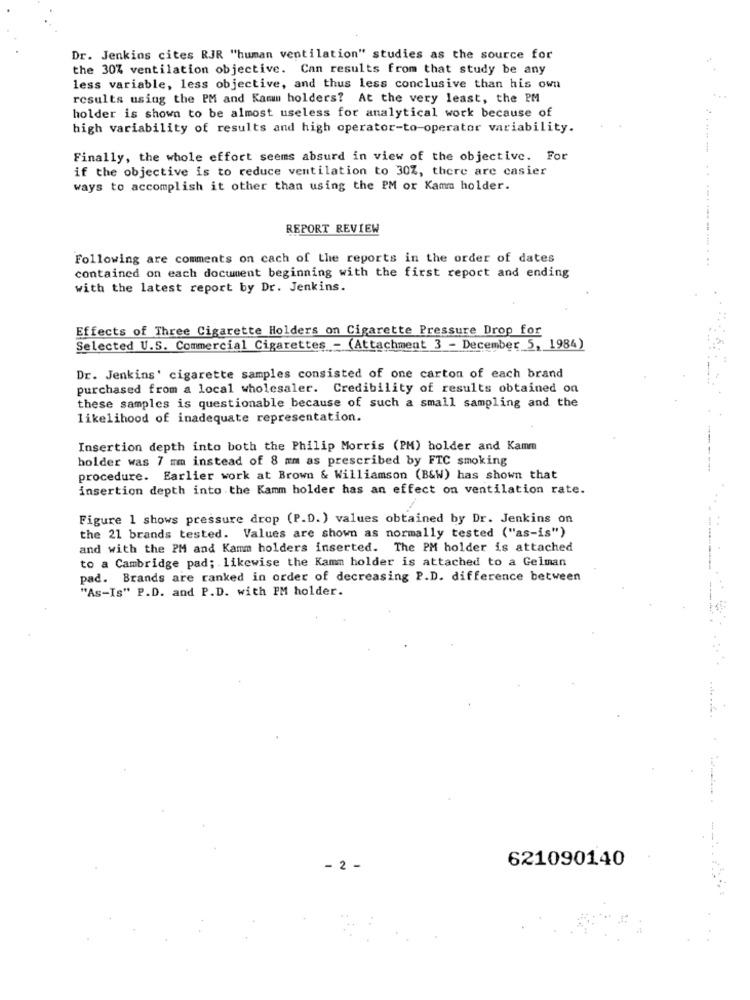
Dr. Jenkins cites RJR "human ventilation" studies as the source for
the 30% ventilation objective. Can results from that study be any
less variable, less objective, and thus less conclusive than his own
results using the PM and Kamm holders? At the very least, the PM
holder is shown to be almost useless for analytical work because of
high variability of results and high operator-to-operator variability.
Finally, the whole effort seems absurd in view of the objective. For
if the objective is to reduce ventilation to 30Z, there are casier
......
ways to accomplish it other than using the PM or Kamm holder.
.-. ... .
REPORT REVIEW
Following are comments on cach of the reports in the order of dates
contained on each document beginning with the first report and ending
with the latest report by Dr. Jenkins.
Effects of Three Cigarette Holders on Cigarette Pressure Drop for
Selected U.S. Commercial Cigarettes - (Attachment 3 - December 5, 1984)
Dr. Jenkins' cigarette samples consisted of one carton of each brand
purchased from a local wholesaler. Credibility of results obtained on
these samples is questionable because of such a small sampling and the
likelihood of inadequate representation.
Insertion depth into both the Philip Morris (PM) holder and Kamm
holder was 7 mm instead of 8 mm as prescribed by FTC smoking
procedure. Earlier work at Brown & Williamson (B&W) has shown that
insertion depth into the Kamm holder has an effect on ventilation rate.
Figure 1 shows pressure drop (P.D.) values obtained by Dr. Jenkins on
the 21 brands tested. Values are shown as normally tested ("as-is")
and with the PM and Kamm holders inserted. The PM holder is attached
to a Cambridge pad; likewise the Kamm holder is attached to a Gelman
pad. Brands are ranked in order of decreasing P.D. difference between
"As-Is" P.D. and P.D. with PM holder.
621090140
- 2 -